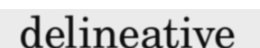
delineative